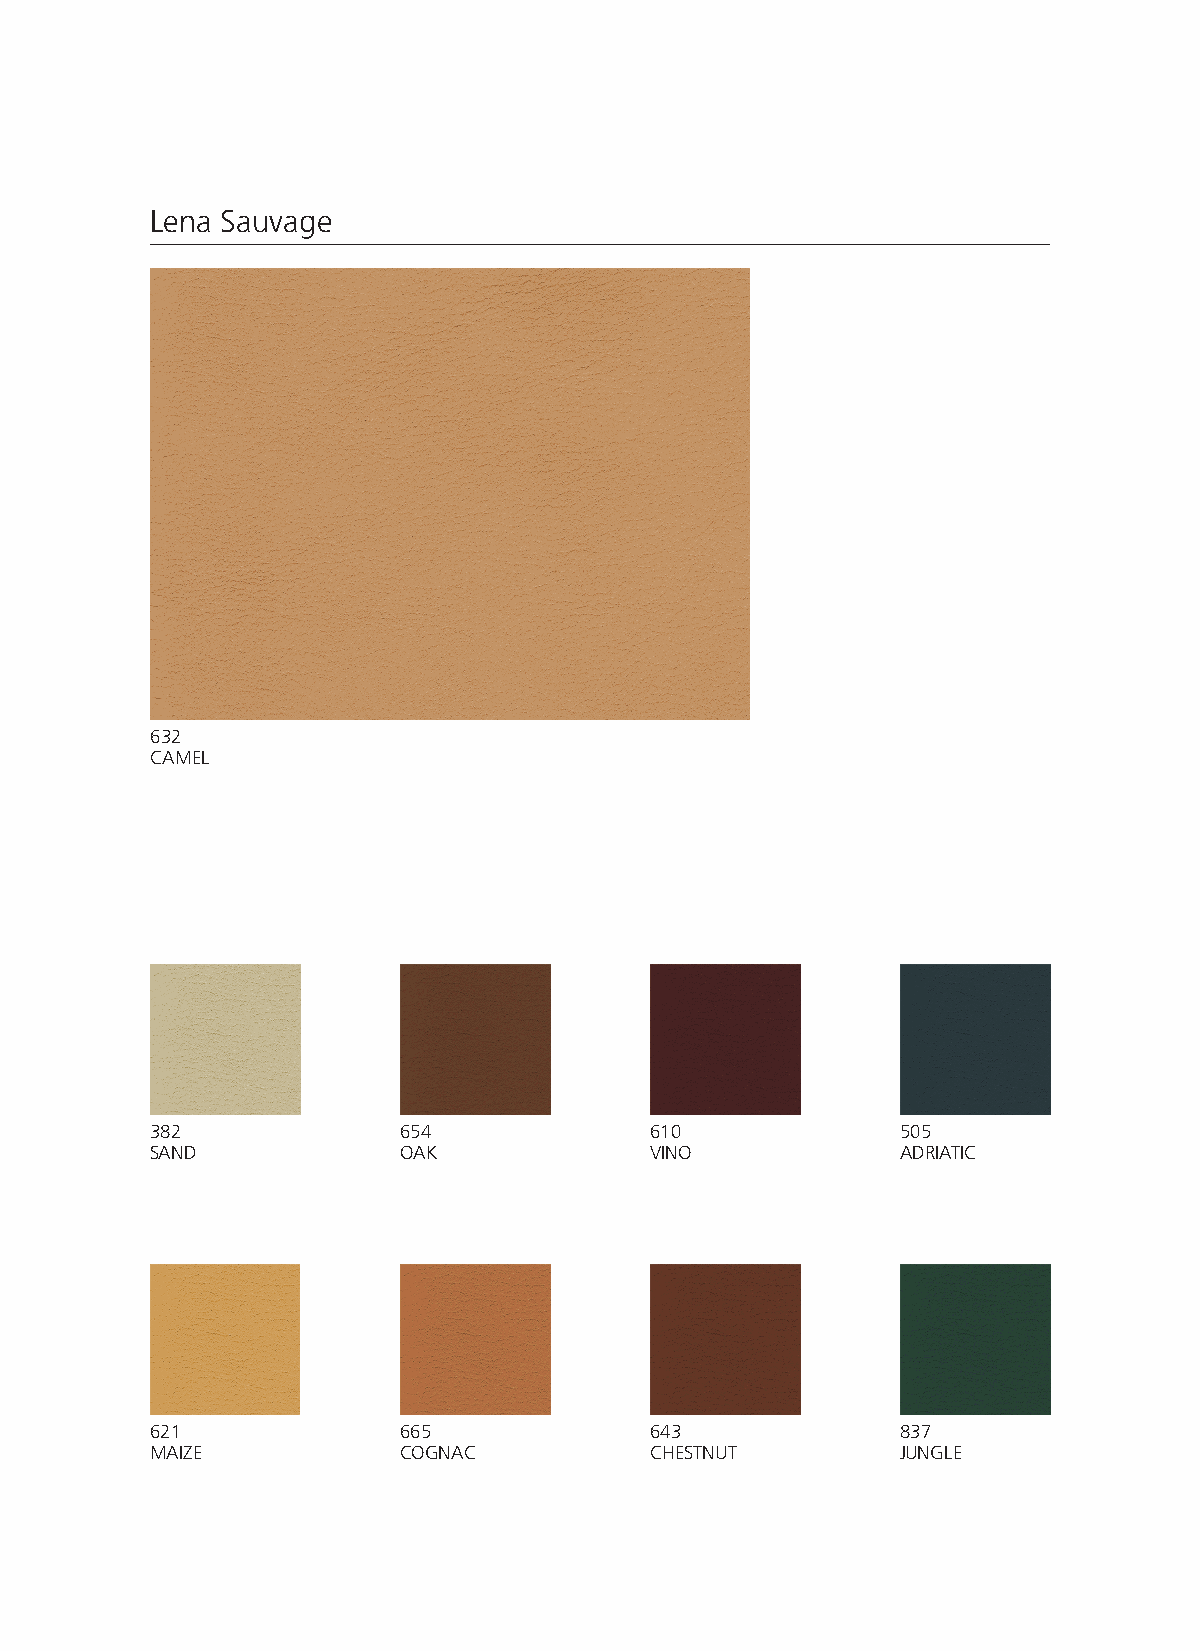
Lena Sauvage
 632
 CAMEL
 382              654             610              505
 SAND             OAK             VINO             ADRIATIC
 621              665             643              837
 MAIZE            COGNAC          CHESTNUT         JUNGLE